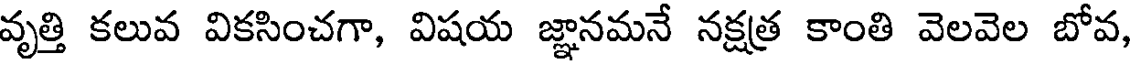
వృత్తి కలువ వికసించగా, విషయ జ్ఞానమనే నక్షత్ర కాంతి వెలవెల బోవ,